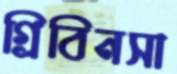
গ্রিবিনসা